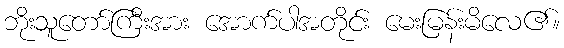
ဘိုးသူတော်ကြီးအား အောက်ပါအတိုင်း မေးမြန်းမိလေ၏။